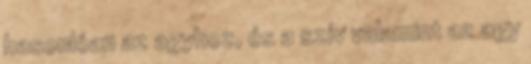
hasonlóan az agyhoz, és a szív valamint az agy